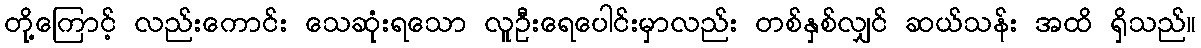
တို့ကြောင့် လည်းကောင်း သေဆုံးရသော လူဦးရေပေါင်းမှာလည်း တစ်နှစ်လျှင် ဆယ်သန်း အထိ ရှိသည်။